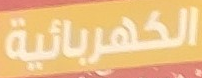
الكهربائية